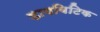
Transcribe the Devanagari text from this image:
डायबिटिक